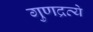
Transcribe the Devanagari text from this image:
गुणद्रव्ये